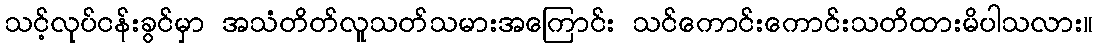
သင့်လုပ်ငန်းခွင်မှာ အသံတိတ်လူသတ်သမားအကြောင်း သင်ကောင်းကောင်းသတိထားမိပါသလား။